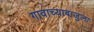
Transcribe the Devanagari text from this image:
गावाच्याबाजुला